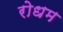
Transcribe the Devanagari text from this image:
रोधम